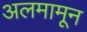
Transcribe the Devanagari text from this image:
अलमामून